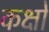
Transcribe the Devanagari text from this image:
कक्षो